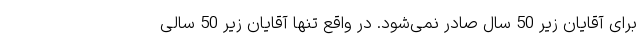
برای آقایان زیر 50 سال صادر نمی‌شود. در واقع تنها آقایان زیر 50 سالی